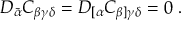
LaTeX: { \cal D } _ { \bar { \alpha } } C _ { \beta \gamma \delta } = { \cal D } _ { [ \alpha } C _ { \beta ] \gamma \delta } = 0 \ .